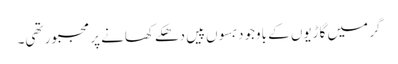
گر میں گاڑیوں کے باوجود بسوں پیں دھکے کھانے پر مجبور تھی۔